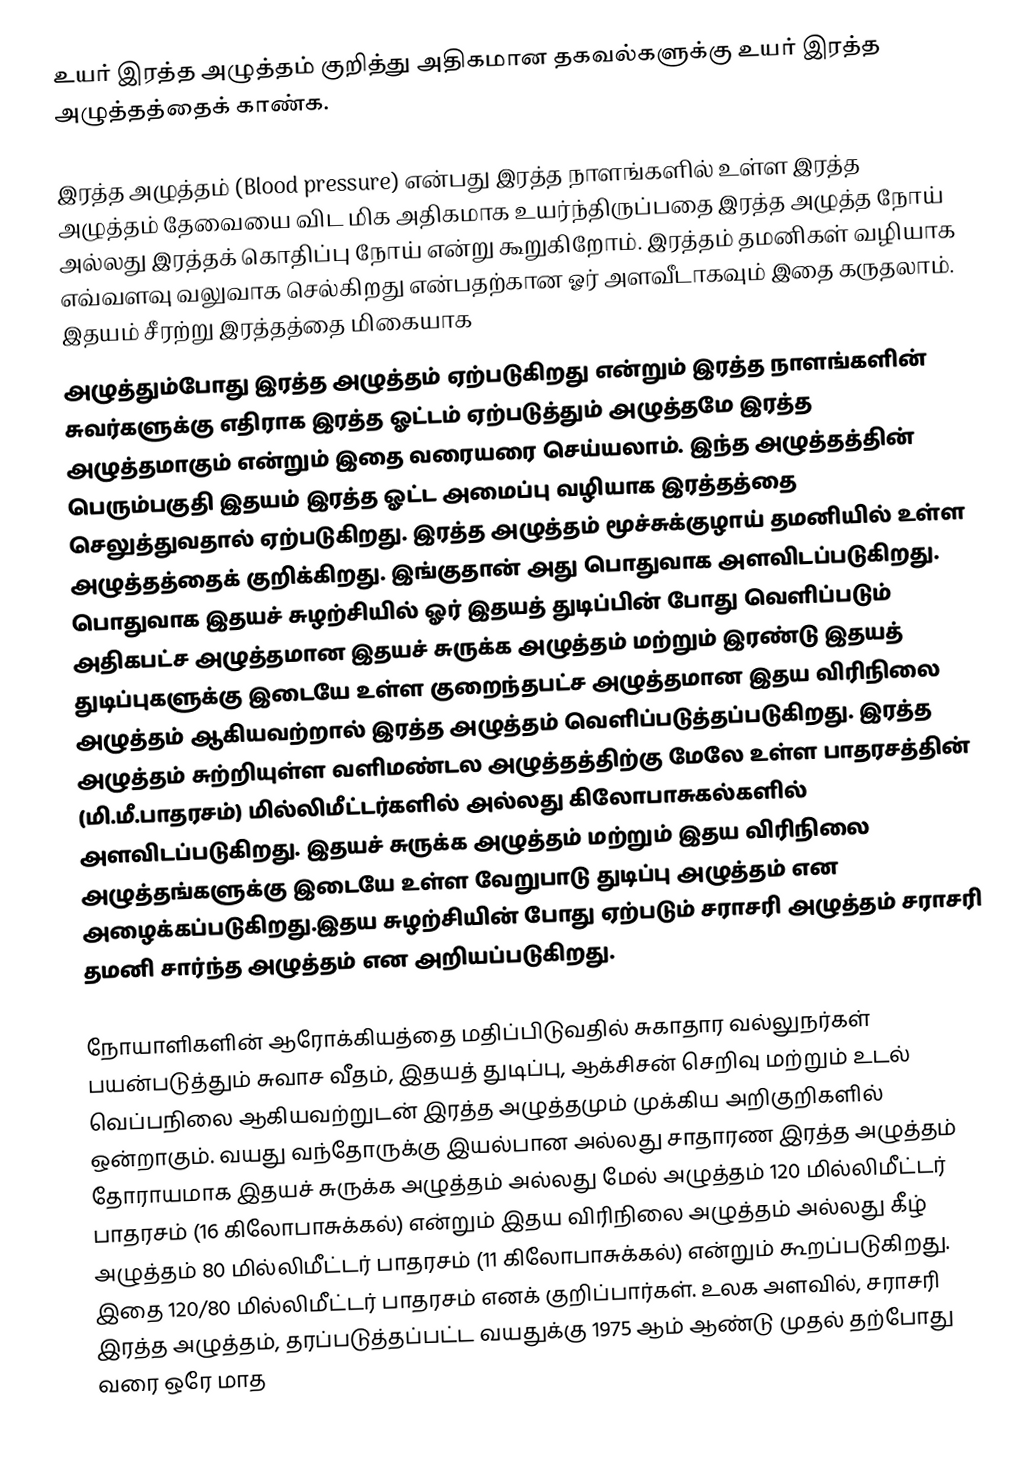
உயர் இரத்த அழுத்தம் குறித்து அதிகமான தகவல்களுக்கு உயர் இரத்த அழுத்தத்தைக் காண்க.

இரத்த அழுத்தம் (Blood pressure) என்பது இரத்த நாளங்களில் உள்ள இரத்த அழுத்தம் தேவையை விட மிக அதிகமாக உயர்ந்திருப்பதை இரத்த அழுத்த நோய் அல்லது இரத்தக் கொதிப்பு நோய் என்று கூறுகிறோம். இரத்தம் தமனிகள் வழியாக எவ்வளவு வலுவாக செல்கிறது என்பதற்கான ஓர் அளவீடாகவும் இதை கருதலாம். இதயம் சீரற்று இரத்தத்தை மிகையாக
அழுத்தும்போது இரத்த அழுத்தம் ஏற்படுகிறது என்றும் இரத்த நாளங்களின் சுவர்களுக்கு எதிராக இரத்த ஓட்டம் ஏற்படுத்தும் அழுத்தமே இரத்த அழுத்தமாகும் என்றும் இதை வரையரை செய்யலாம். இந்த அழுத்தத்தின் பெரும்பகுதி இதயம் இரத்த ஓட்ட அமைப்பு வழியாக இரத்தத்தை செலுத்துவதால் ஏற்படுகிறது. இரத்த அழுத்தம் மூச்சுக்குழாய் தமனியில் உள்ள அழுத்தத்தைக் குறிக்கிறது. இங்குதான் அது பொதுவாக அளவிடப்படுகிறது. பொதுவாக இதயச் சுழற்சியில் ஓர் இதயத் துடிப்பின் போது வெளிப்படும் அதிகபட்ச அழுத்தமான இதயச் சுருக்க அழுத்தம் மற்றும் இரண்டு இதயத் துடிப்புகளுக்கு இடையே உள்ள குறைந்தபட்ச அழுத்தமான இதய விரிநிலை அழுத்தம் ஆகியவற்றால் இரத்த அழுத்தம் வெளிப்படுத்தப்படுகிறது. இரத்த அழுத்தம் சுற்றியுள்ள வளிமண்டல அழுத்தத்திற்கு மேலே உள்ள பாதரசத்தின் (மி.மீ.பாதரசம்) மில்லிமீட்டர்களில் அல்லது கிலோபாசுகல்களில் அளவிடப்படுகிறது. இதயச் சுருக்க அழுத்தம் மற்றும் இதய விரிநிலை அழுத்தங்களுக்கு இடையே உள்ள வேறுபாடு துடிப்பு அழுத்தம் என அழைக்கப்படுகிறது.இதய சுழற்சியின் போது ஏற்படும் சராசரி அழுத்தம் சராசரி தமனி சார்ந்த அழுத்தம் என அறியப்படுகிறது.

நோயாளிகளின் ஆரோக்கியத்தை மதிப்பிடுவதில் சுகாதார வல்லுநர்கள் பயன்படுத்தும் சுவாச வீதம், இதயத் துடிப்பு, ஆக்சிசன் செறிவு மற்றும் உடல் வெப்பநிலை ஆகியவற்றுடன் இரத்த அழுத்தமும் முக்கிய அறிகுறிகளில் ஒன்றாகும். வயது வந்தோருக்கு இயல்பான அல்லது சாதாரண இரத்த அழுத்தம் தோராயமாக இதயச் சுருக்க அழுத்தம் அல்லது மேல் அழுத்தம் 120 மில்லிமீட்டர் பாதரசம் (16 கிலோபாசுக்கல்) என்றும் இதய விரிநிலை அழுத்தம் அல்லது கீழ் அழுத்தம் 80 மில்லிமீட்டர் பாதரசம் (11 கிலோபாசுக்கல்) என்றும் கூறப்படுகிறது. இதை 120/80 மில்லிமீட்டர் பாதரசம் எனக் குறிப்பார்கள். உலக அளவில், சராசரி இரத்த அழுத்தம், தரப்படுத்தப்பட்ட வயதுக்கு 1975 ஆம் ஆண்டு முதல் தற்போது வரை ஒரே மாத